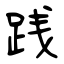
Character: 践